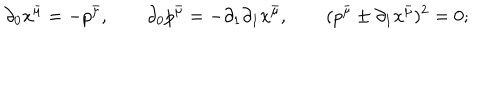
LaTeX: \qquad \partial _ { 0 } x ^ { \bar { \mu } } = - p ^ { \bar { \mu } } , \qquad \partial _ { 0 } p ^ { \bar { \mu } } = - \partial _ { 1 } \partial _ { 1 } x ^ { \bar { \mu } } , \qquad ( p ^ { \bar { \mu } } \pm \partial _ { 1 } x ^ { \bar { \mu } } ) ^ { 2 } = 0 ;